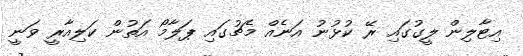
އިޓާލިން ލީގުގައި ރޭ ކުޅުނު އަނެއް މެޗުގައި ޕަލާމޯ އަތުން ކަލިއާރީ ވަނީ